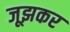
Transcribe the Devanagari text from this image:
जूझकर